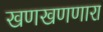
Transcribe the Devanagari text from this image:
खणखणणारा